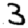
Digit: 3